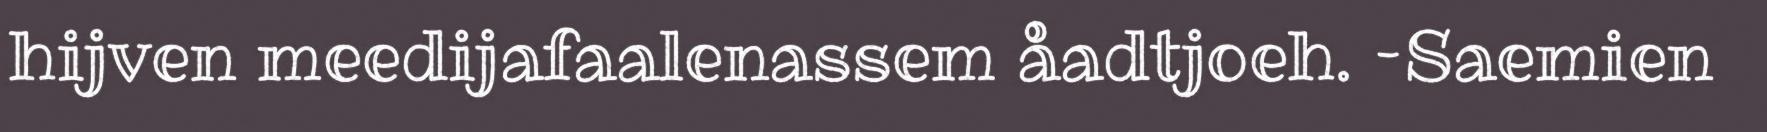
hijven meedijafaalenassem åadtjoeh. –Saemien